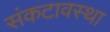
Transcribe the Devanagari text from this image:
संकटावस्था